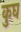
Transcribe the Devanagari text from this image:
कुघ